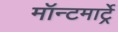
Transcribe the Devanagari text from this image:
मॉन्टमार्ट्रे